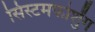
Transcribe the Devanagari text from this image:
सिस्टमफोर्शुंग